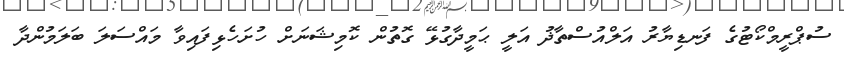
ސުޕްރީމްކޯޓުގެ ފަނޑިޔާރު އަލްއުސްތާޛު އަލީ ޙަމީދާގުޅޭ ގޮތުން ކޮމިޝަނަަށް ހުށަހެޅިފައިވާ މައްސަލަ ބަލަމުންދާ